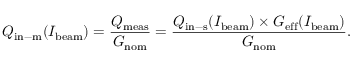
Q _ { \mathrm { i n - m } } ( I _ { \mathrm { b e a m } } ) = \frac { Q _ { \mathrm { m e a s } } } { G _ { \mathrm { n o m } } } = \frac { Q _ { \mathrm { i n - s } } ( I _ { \mathrm { b e a m } } ) \times G _ { \mathrm { e f f } } ( I _ { \mathrm { b e a m } } ) } { G _ { \mathrm { n o m } } } .